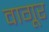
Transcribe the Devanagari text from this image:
वागूर